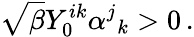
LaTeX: \sqrt{\beta}Y_{0}^{ik}\alpha^{j}{}_{k}>0\, .